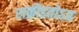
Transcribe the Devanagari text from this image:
राक्रीडतोऽत्र